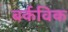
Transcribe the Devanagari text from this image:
बर्कविक